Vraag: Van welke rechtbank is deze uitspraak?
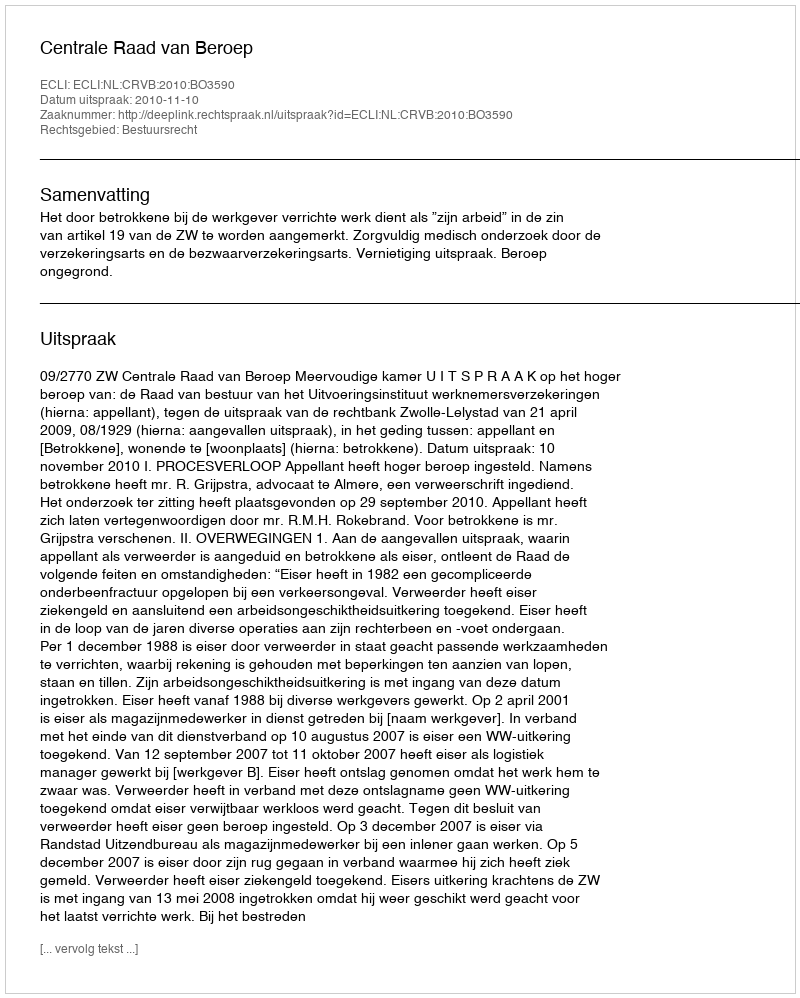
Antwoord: Centrale Raad van Beroep